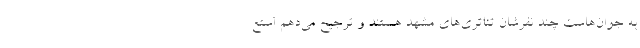
به جوان‌هاست چند نفرشان تئاتری‌های مشهد هستند و ترجیح می‌دهم استع